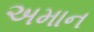
અમાન